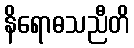
နိရောဓသညီတိ